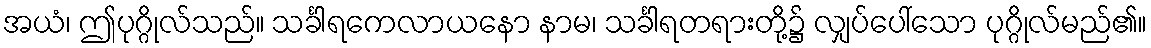
အယံ၊ ဤပုဂ္ဂိုလ်သည်။ သင်္ခါရကေလာယနော နာမ၊ သင်္ခါရတရားတို့၌ လျှပ်ပေါ်သော ပုဂ္ဂိုလ်မည်၏။